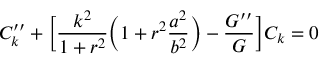
{ \cal C } _ { k } ^ { \prime \prime } + \biggl [ \frac { k ^ { 2 } } { 1 + r ^ { 2 } } \biggl ( 1 + r ^ { 2 } \frac { a ^ { 2 } } { b ^ { 2 } } \biggr ) - \frac { { \cal G } ^ { \prime \prime } } { { \cal G } } \biggr ] { \cal C } _ { k } = 0